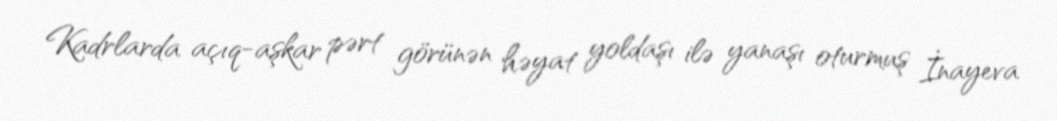
Kadrlarda açıq-aşkar pərt görünən həyat yoldaşı ilə yanaşı oturmuş İnayeva